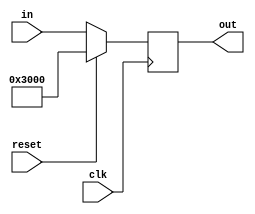
`timescale 1ns / 1ps
//////////////////////////////////////////////////////////////////////////////////
// Company: 
// Engineer: 
// 
// Design Name: 
// Module Name:    PC 
// Project Name: 
// Target Devices: 
// Tool versions: 
// Description: 
//
// Dependencies: 
//
// Revision: 
// Revision 0.01 - File Created
// Additional Comments: 
//
//////////////////////////////////////////////////////////////////////////////////
`default_nettype none

module PC(
    input wire clk,
    input wire reset,
    input wire [31:0] in,
    output wire [31:0] out
    );
    reg [31:0] tmp = 32'h00003000;
    assign out = tmp;

    always @(posedge clk) begin
        if (reset) begin
            tmp <= 32'h00003000;
        end
        else begin
            tmp <= in;
        end
    end

endmodule